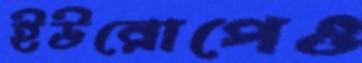
ইউরোপেও